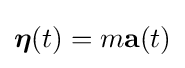
{\boldsymbol {\eta }}(t)=m\mathbf {a} (t)